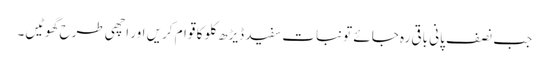
جب نصف پانی باقی رہ جائے تو نبات سفید ڈیڑھ کلو کا قوام کریں اور اچھی طرح گھوٹیں۔